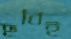
ছবিই